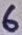
Text: 6